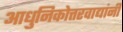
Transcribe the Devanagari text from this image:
आधुनिकोत्तरवाद्यांनी